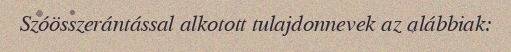
Szóösszerántással alkotott tulajdonnevek az alábbiak: